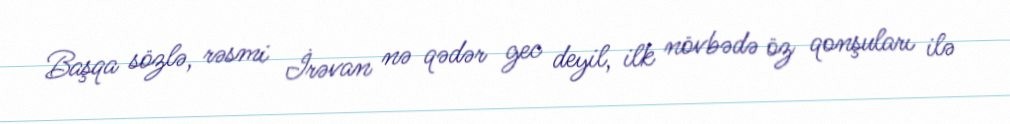
Başqa sözlə, rəsmi İrəvan nə qədər gec deyil, ilk növbədə öz qonşuları ilə